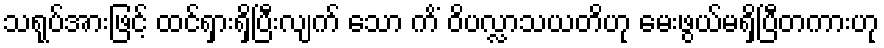
သရုပ်အားဖြင့် ထင်ရှားရှိပြီးလျက် သော ကိံ ဝိပလ္လာသယတိဟု မေးဖွယ်မရှိပြီတကားဟု